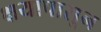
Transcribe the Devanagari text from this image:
क्षयापासून